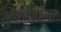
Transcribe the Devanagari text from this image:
सुकर्णोला